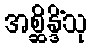
အစ္ဆိန္ဒိံသု